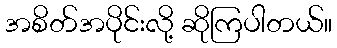
အစိတ်အပိုင်းလို့ ဆိုကြပါတယ်။